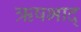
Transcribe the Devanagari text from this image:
ऋषभाद्